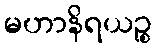
မဟာနိရယဉ္စ